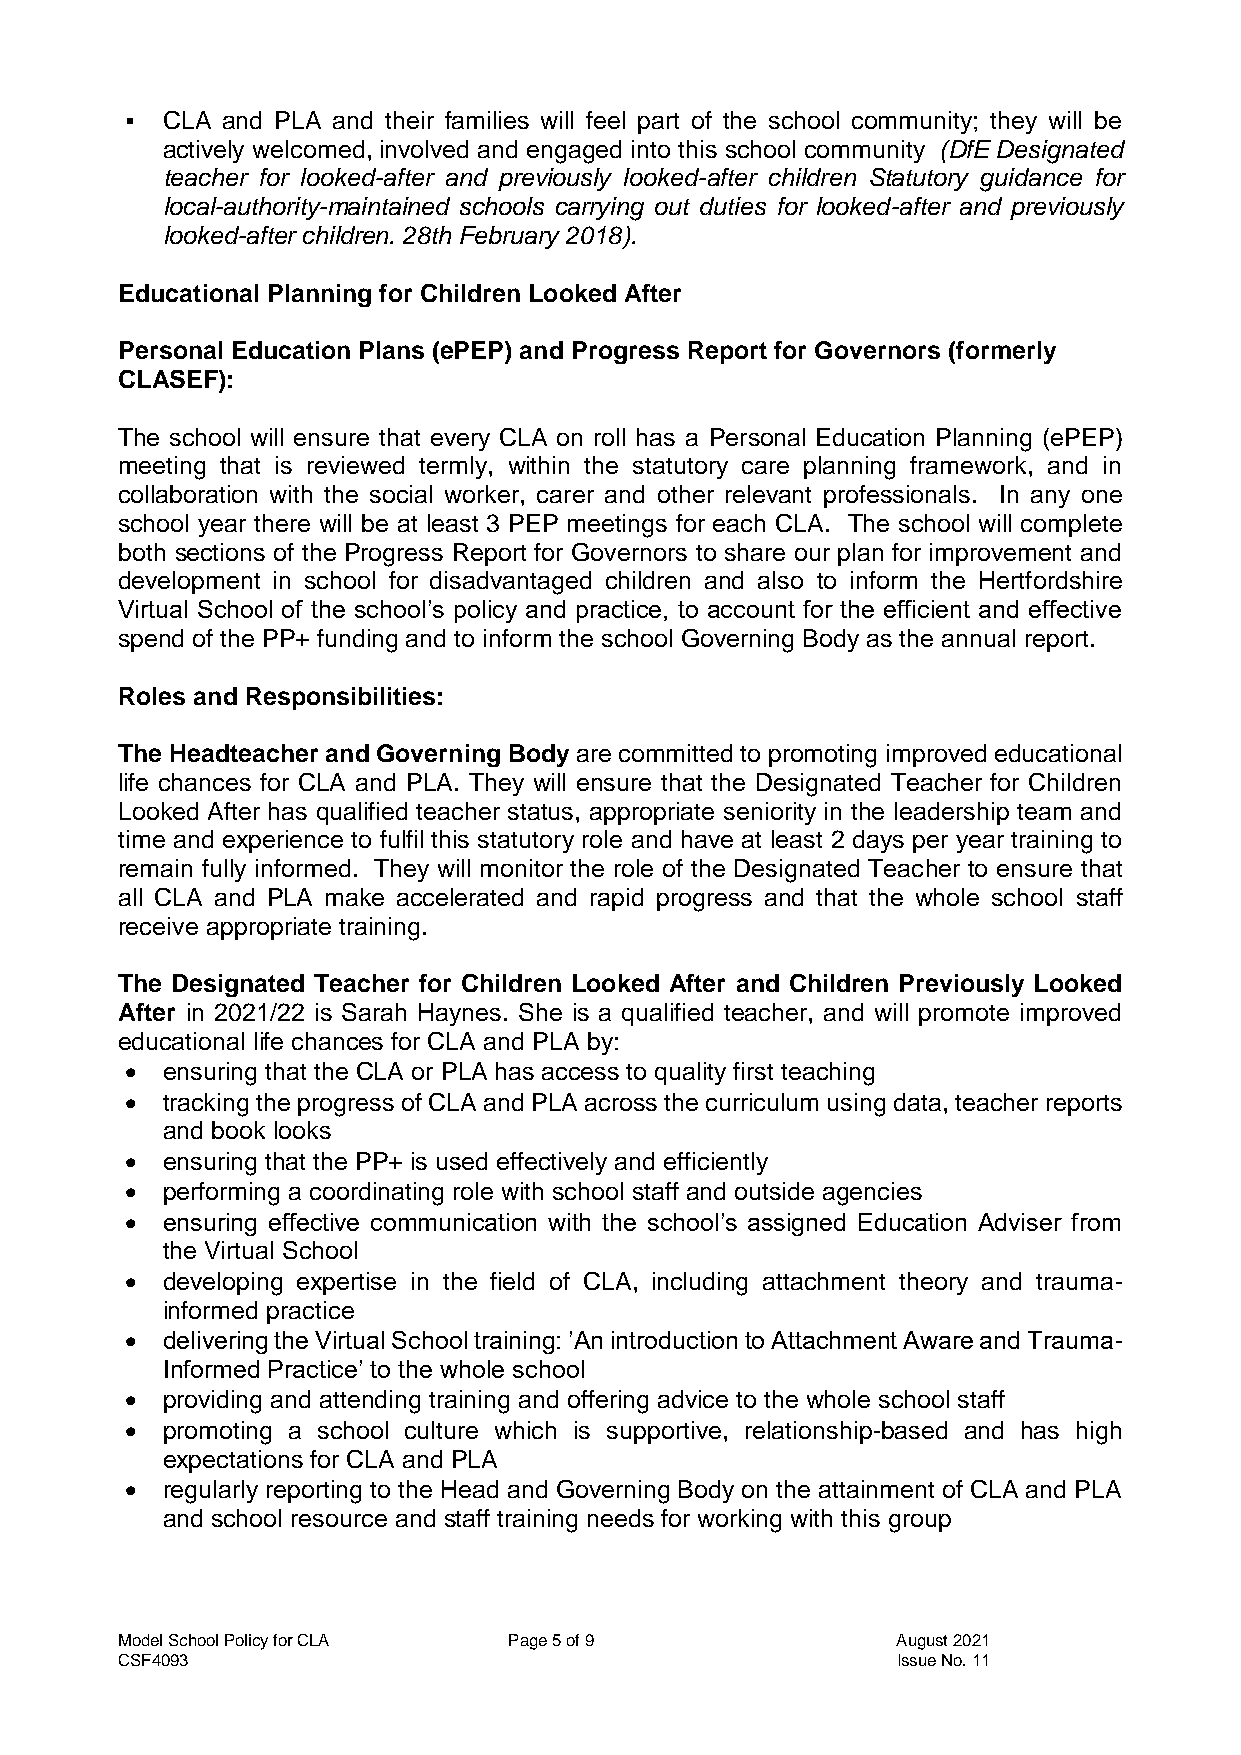
  CLA and PLA and their families will feel part of the school community; they will be
 actively welcomed, involved and engaged into this school community (DfE Designated
 teacher for looked-after and previously looked-after children Statutory guidance for
 local-authority-maintained schools carrying out duties for looked-after and previously
 looked-after children. 28th February 2018).
 Educational Planning for Children Looked After
 Personal Education Plans (ePEP) and Progress Report for Governors (formerly
 CLASEF):
 The school will ensure that every CLA on roll has a Personal Education Planning (ePEP)
 meeting that is reviewed termly, within the statutory care planning framework, and in
 collaboration with the social worker, carer and other relevant professionals. In any one
 school year there will be at least 3 PEP meetings for each CLA. The school will complete
 both sections of the Progress Report for Governors to share our plan for improvement and
 development in school for disadvantaged children and also to inform the Hertfordshire
 Virtual School of the school’s policy and practice, to account for the efficient and effective
 spend of the PP+ funding and to inform the school Governing Body as the annual report.
 Roles and Responsibilities:
 The Headteacher and Governing Body are committed to promoting improved educational
 life chances for CLA and PLA. They will ensure that the Designated Teacher for Children
 Looked After has qualified teacher status, appropriate seniority in the leadership team and
 time and experience to fulfil this statutory role and have at least 2 days per year training to
 remain fully informed. They will monitor the role of the Designated Teacher to ensure that
 all CLA and PLA make accelerated and rapid progress and that the whole school staff
 receive appropriate training.
 The Designated Teacher for Children Looked After and Children Previously Looked
 After in 2021/22 is Sarah Haynes. She is a qualified teacher, and will promote improved
 educational life chances for CLA and PLA by:
   ensuring that the CLA or PLA has access to quality first teaching
   tracking the progress of CLA and PLA across the curriculum using data, teacher reports
 and book looks
   ensuring that the PP+ is used effectively and efficiently
   performing a coordinating role with school staff and outside agencies
   ensuring effective communication with the school’s assigned Education Adviser from
 the Virtual School
   developing expertise in the field of CLA, including attachment theory and trauma-
 informed practice
   delivering the Virtual School training: ’An introduction to Attachment Aware and Trauma-
 Informed Practice’ to the whole school
   providing and attending training and offering advice to the whole school staff
   promoting a school culture which is supportive, relationship-based and has high
 expectations for CLA and PLA
   regularly reporting to the Head and Governing Body on the attainment of CLA and PLA
 and school resource and staff training needs for working with this group
 Model School Policy for CLA Page 5 of 9            August 2021
 CSF4093                                            Issue No. 11